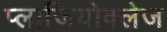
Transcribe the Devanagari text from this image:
प्लाजियोक्लेज